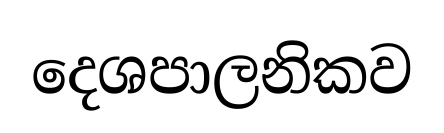
දෙශපාලනිකව